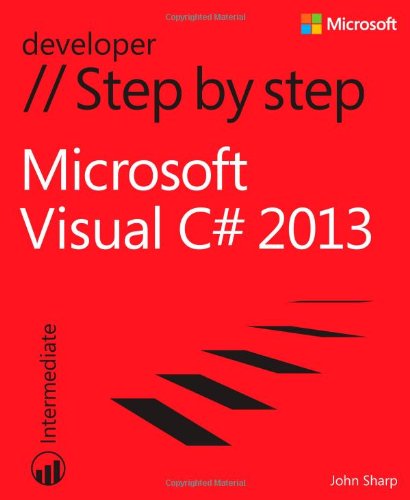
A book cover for Microsoft Visual C# 2013 Step by Step (Step by Step Developer); John Sharp; Computers & Technology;